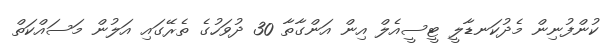
ކުންފުނިން މެދުކަނޑާލީ ޓީސީއެލް އިން އަންގާތާ 30 ދުވަހުގެ ތެރޭގައި އަލުން މަސައްކަތް